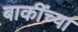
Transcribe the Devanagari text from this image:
बाकींच्या